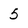
Character: 5